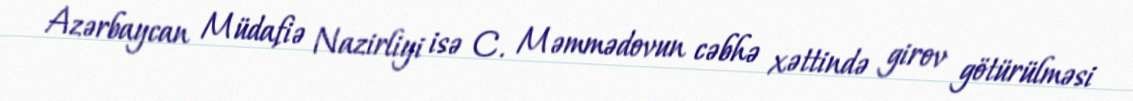
Azərbaycan Müdafiə Nazirliyi isə C. Məmmədovun cəbhə xəttində girov götürülməsi